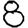
Digit: 8